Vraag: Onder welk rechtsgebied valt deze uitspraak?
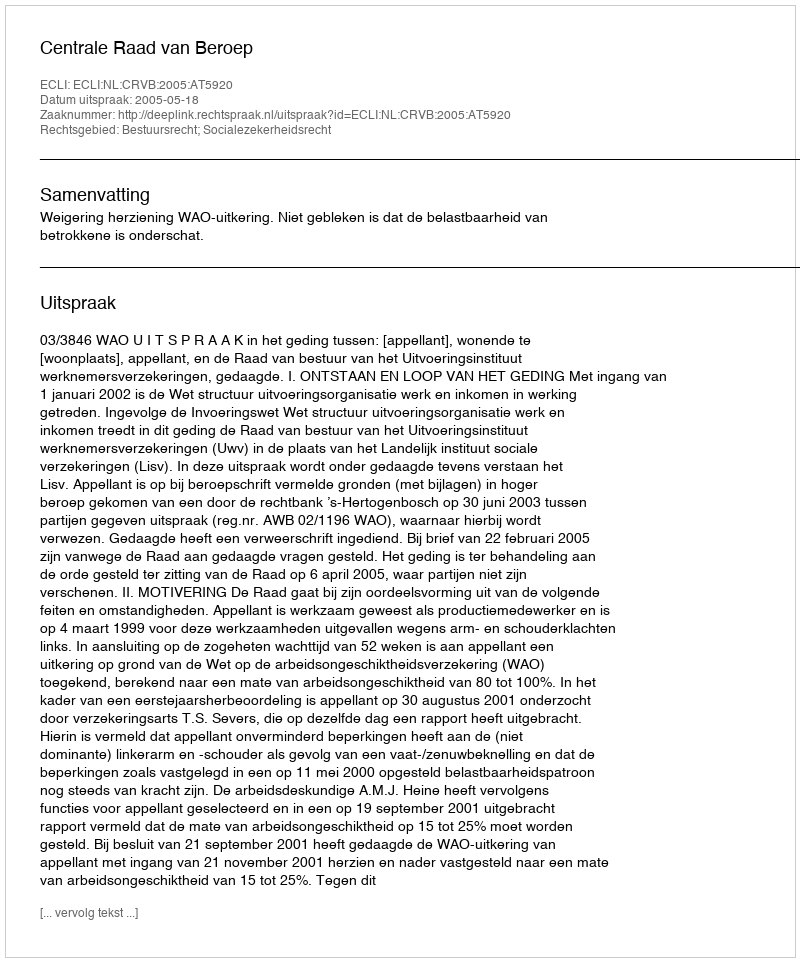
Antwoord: Bestuursrecht; Socialezekerheidsrecht